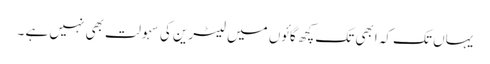
یہاں تک کہ ابھی تک کچھ گائوں میں لیٹرین کی سہولت بھی نہیں ہے ۔